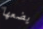
يضعها